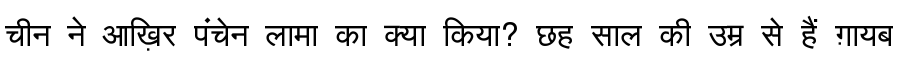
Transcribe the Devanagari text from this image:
चीन ने आख़िर पंचेन लामा का क्या किया? छह साल की उम्र से हैं ग़ायब